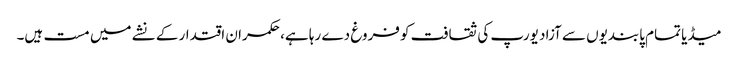
میڈیا تمام پابندیوں سے آزاد یورپ کی ثقافت کو فروغ دے رہا ہے، حکمران اقتدار کے نشے میں مست ہیں۔